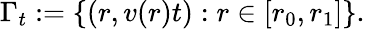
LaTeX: \Gamma_{t}:=\{ (r,v(r)t):r\in[r_{0},r_{1}]\} .